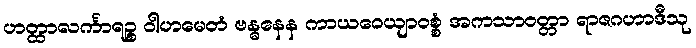
ဟတ္ထာလင်္ကာရဉ္စ ဝါဟမေတံ ဗန္ဓနေန ကာယဝေယျာဝစ္စံ အကသာဝတ္တာ ရာဇဂဟာဒီသု